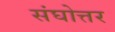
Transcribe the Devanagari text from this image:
संघोत्तर